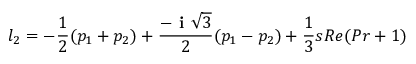
l _ { 2 } = - \frac { 1 } { 2 } ( p _ { 1 } + p _ { 2 } ) + \frac { - \textbf { i } \sqrt { 3 } } { 2 } ( p _ { 1 } - p _ { 2 } ) + \frac { 1 } { 3 } s R e ( P r + 1 )